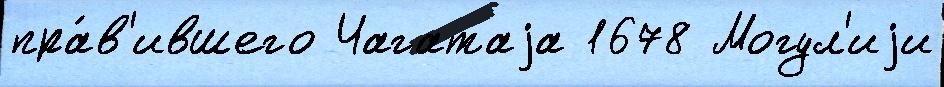
пра́в'ившего Чагатаjа 1678 Могул'иjи